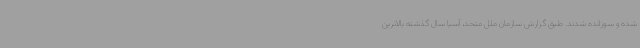
شده و سوزانده شدند. طبق گزارش سازمان ملل متحد، آسیا سال گذشته بالاترین